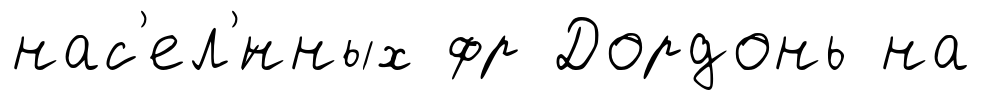
нас'ел'́нных фр Дордонь на